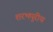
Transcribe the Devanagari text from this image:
शरभपुरीय